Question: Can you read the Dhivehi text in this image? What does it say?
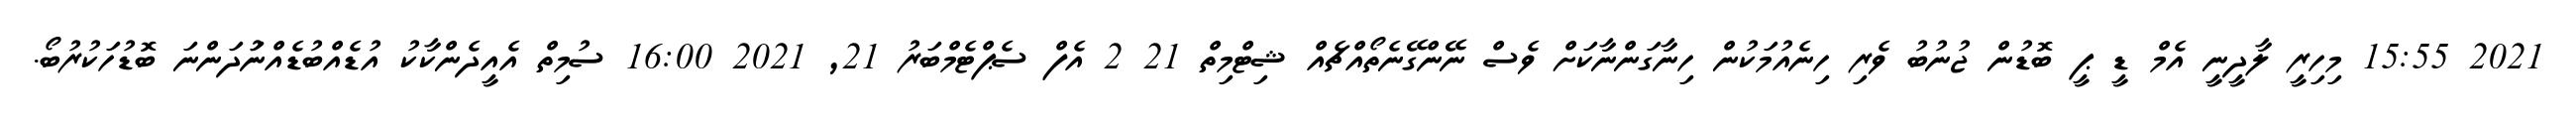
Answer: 2021 15:55 މިހިރީ ލާދީނީ އެމް ޑީ ޕީ ބޮޑުން ޖުނުބު ވެރި ހިނެއުމަކުން ހިނާގަންނާކަށް ވެސް ނޭންގޭނެތޯއްޗެއް ޝިޓްމިތް 21 2 އެފް ސެޕްޓެމްބަރު 21, 2021 16:00 ސުމިތް އެއީދެންކާކު އުޑެއްބުޑެއްނުަދަންނަ ބޮޑުހަކުރުބޯ.